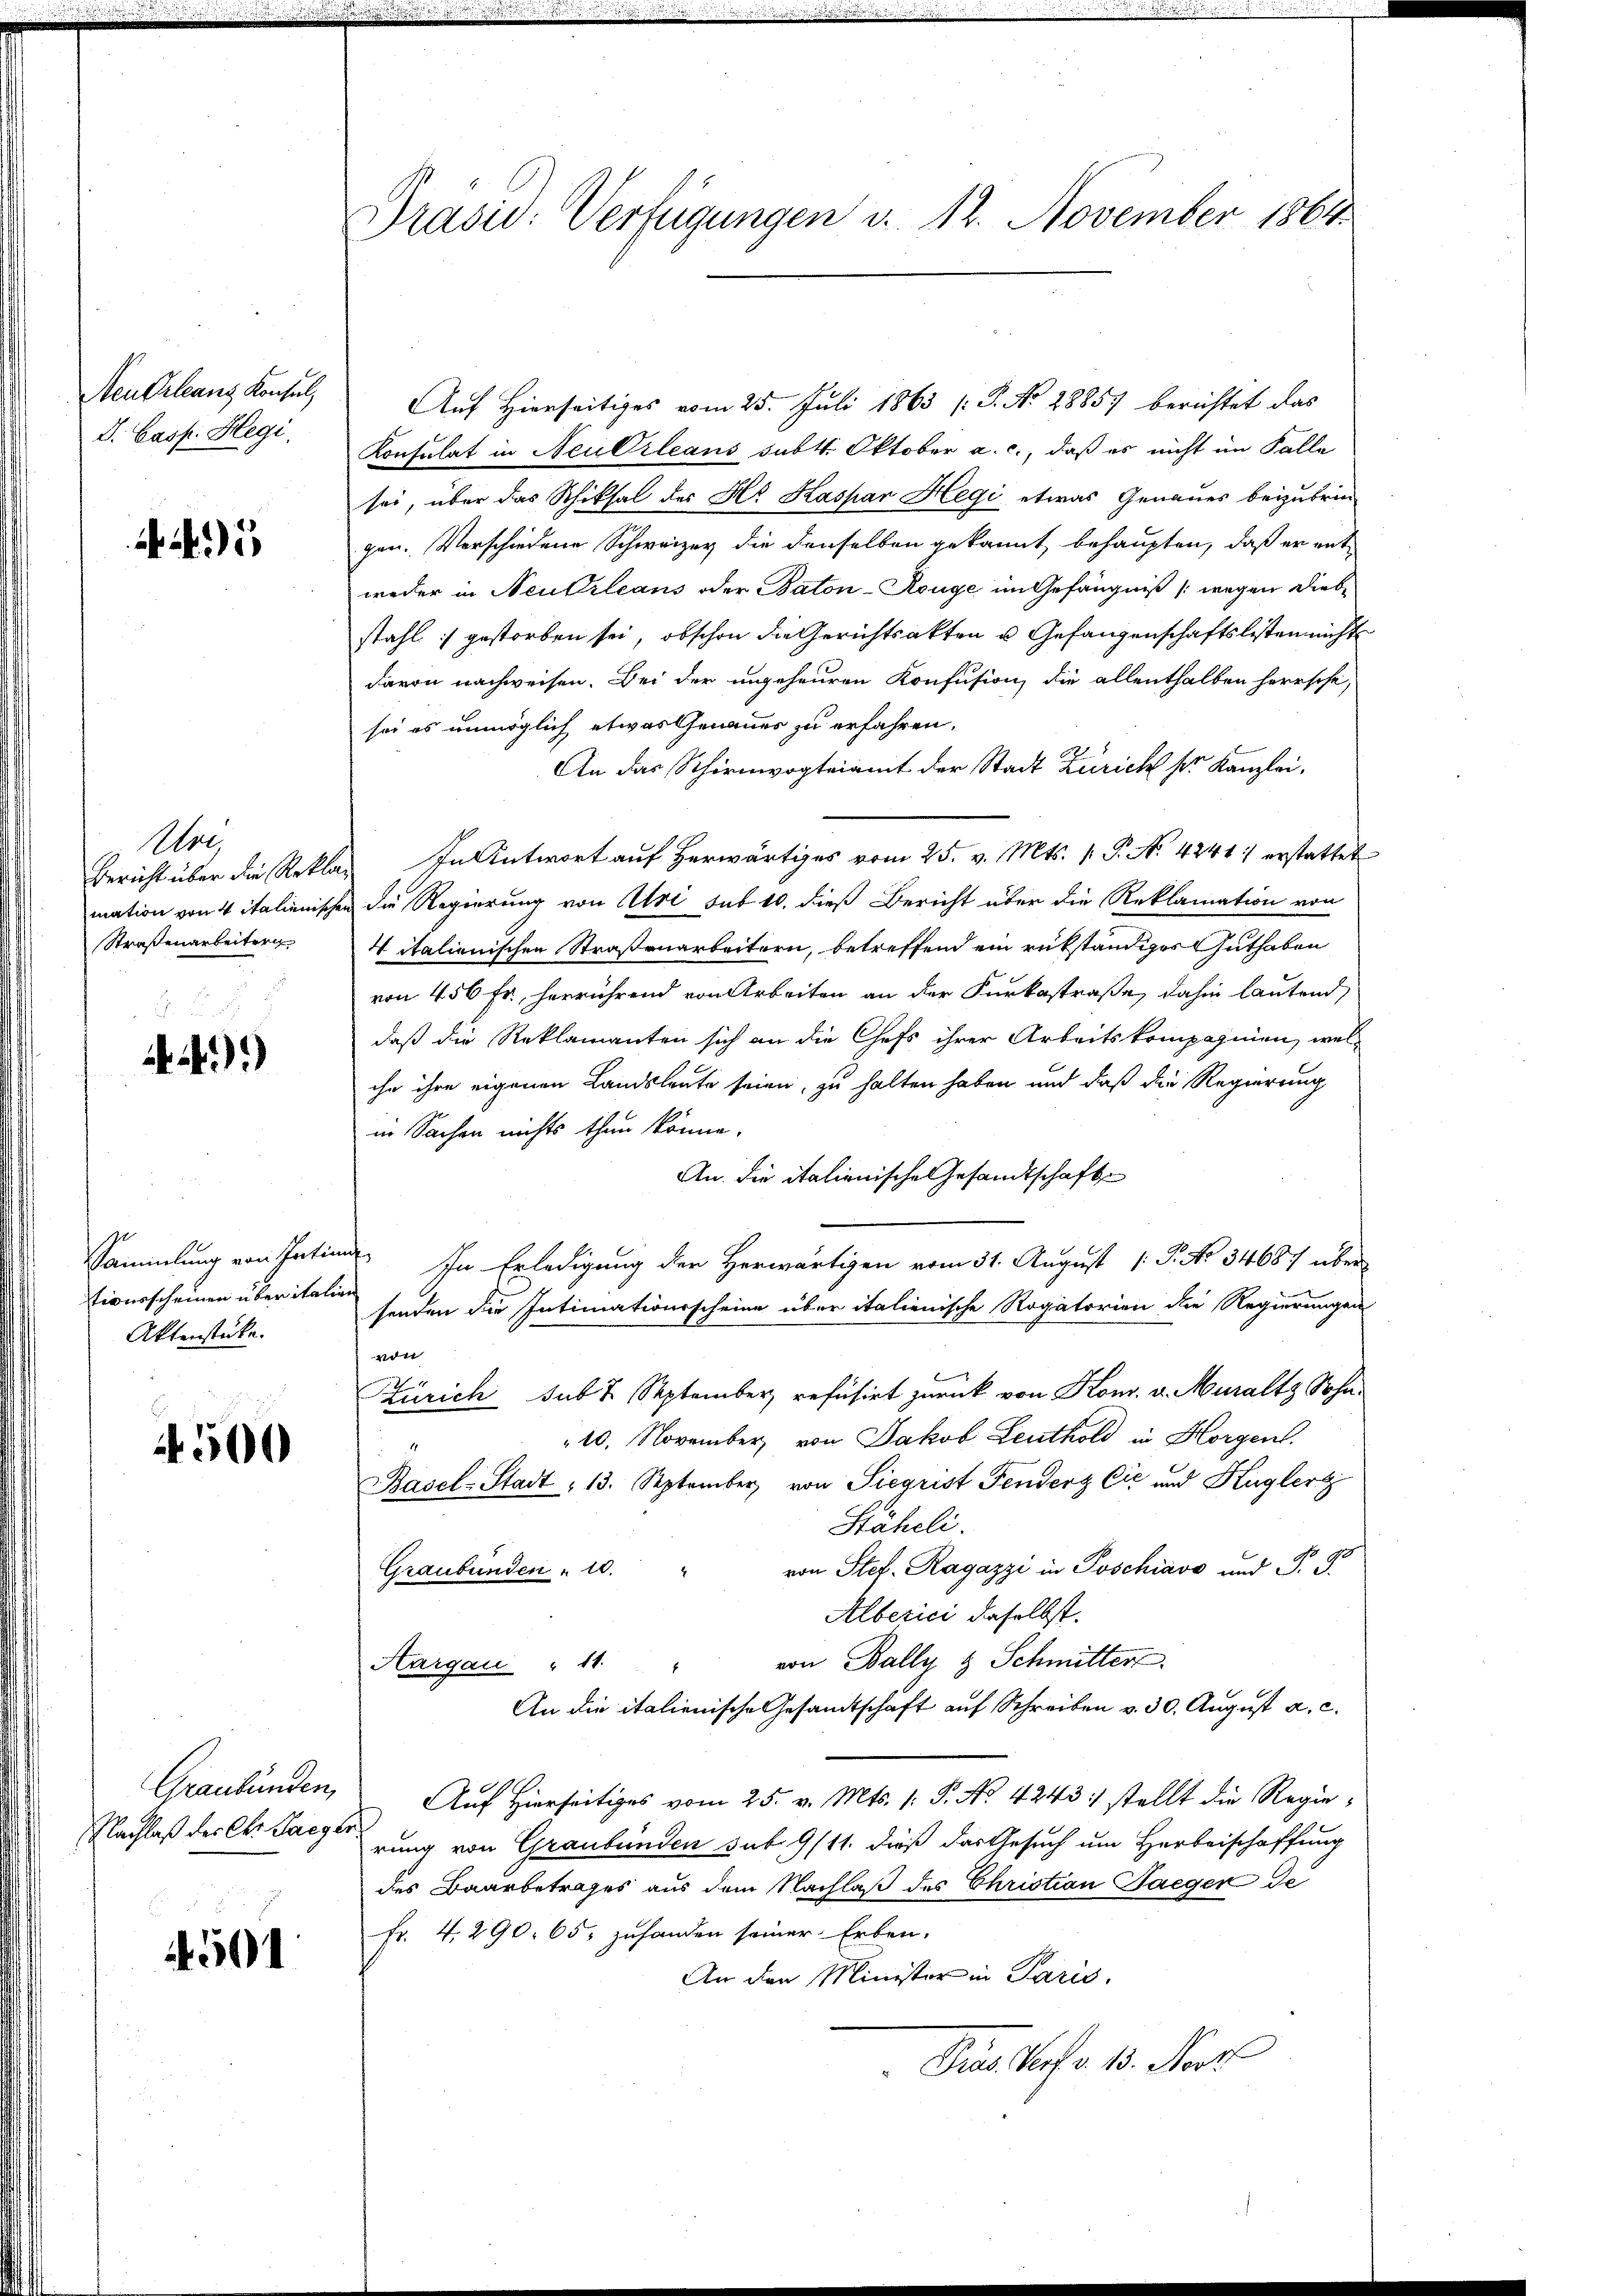
Neu Orleans Konsul,
D. Casp. Hegi.

5

elre
Bericht über die Rekla
mation von 4 Italienisch
Straßenarbeitern

)

Sammlung von Intim
tionsscheinen über italie
Aktenstücke.

500

Graubünden,

501

Präsid. Verfügungen v. 12. November 1864

Auf Hierseitiges vom 25. Juli 1863 (: P. No 28857 berichtet das
Konsulat in Neu Orleans subtt. Oktober a. c., daß es nicht im Falle
sei, über das Schiksal des Hs. Kaspar Hegi etwas Genaues beizubrin-
gen. Verschiedene Schweizer die denselben gekannt, behaupten, daß er entweder in Neukrleans oder Baton-Rouge im Gefängniß (wegen Diebstahl :/ gestorben sei, obschon die Gerichtsakten u Gefangenschaftslisten nicht
davon nachweisen. Bei der ungeheuren Konfusion, die allenthalben herrsche,
sei es unmöglich etwas Genaues zu erfahren.
An das Schirmvogteiamt der Stadt Zürich sr. Kanzlei.
In Antwort auf herwärtiges vom 25. v. Mts. 1. P. No 42417 erstattet
en die Regierung von Uri sub 10. dieß Bericht über die Reklamation von
4 italienischen Straßenarbeitern, betreffend ein rükständiges Guthaben
von 456 fr., herrührend von Arbeiten an der Kurkastraße, dahin lautend
daß die Reklamanten sich an die Chefs ihrer Arbeitskompagnien, wel-
ihn ihre eigenen Landsleute seien, zu halten haben und daß die Regierung
in Sachen nichts thun könne.
An die italienische Gesandtschaft
 In Erledigung der Herwärtigen vom 31. August [P. No 34687 über
senden die Intimationsscheine über italienische Rogatorien die Regierungen
von
Zürich sub 7 September refusirt zurück von Kons. v. Muraltz Sohn
10. November von Jakob Leuthold in Horgen.
Basel-Stadt 13. September von Siegrist Fenderz Cić und Kuglerg
Staheli
o
von Stef- Ragazzi in Poschiavo und P. J.
Graubünden " 10.
Alberici daselbst.
von Bally & Schmitter
Aargau " 11. "
An die italienische Gesandtschaft auf Schreiben v. 30. August a. c.
Auf Hierseitiges vom 25. v. Mts. 1. P. No 4243 :/ stellt die Regie¬
Nachlaß des C. Sacherung von Graubünden sub 9/11. dieß das Gesuch um Herbeischaffung
des Baarbetrages aus dem Nachlaß des Christian Saeger de
Fr. 4. 290. 65 zuhanden seiner Erben.
An den Minister in Paris,
Pros Prof. 13. Mit